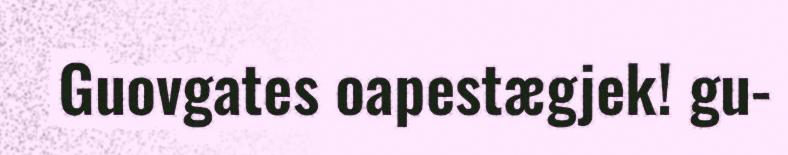
Guovgates oapestægjek! gu-